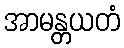
အာမန္တယတံ